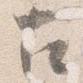
古